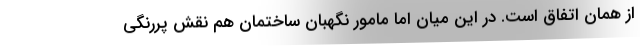
از همان اتفاق است. در اين ميان اما مامور نگهبان ساختمان هم نقش پررنگي